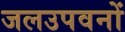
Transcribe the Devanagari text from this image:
जलउपवनों